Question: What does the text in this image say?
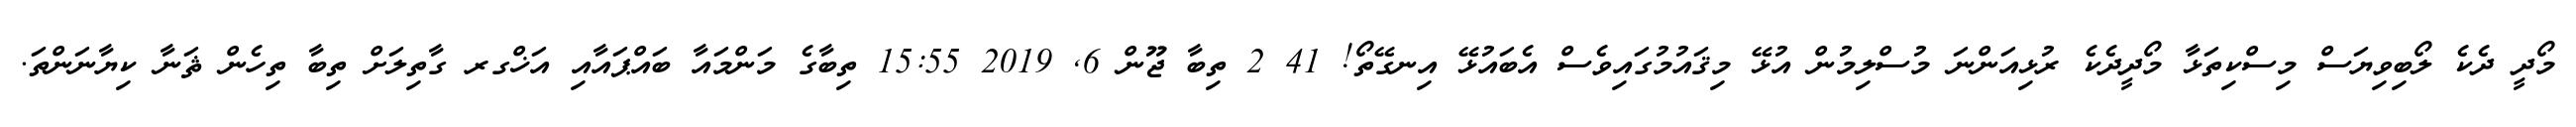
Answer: މޯދީ ދެކެ ލޯބިވިޔަސް މިސްކިތަޅާ މޯދީދެކެ ރުޅިއަންނަ މުސްލިމުން އުޅޭ މިޤައުމުގައިވެސް އެބައުޅޭ އިނގޭތޯ! 41 2 ތިބާ ޖޫން 6, 2019 15:55 ތިބާގެ މަންމައާ ބައްޕައާއި އަޚްގރ ގާތިލަށް ތިބާ ތިހެން ޘަނާ ކިޔާނަންތަ.